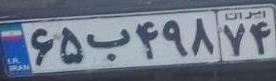
۶۵ب۴۹۸۷۴